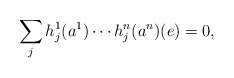
\begin{align*}\sum_{j} h_j^1(a^1)\cdots h_j^n(a^n)(e)=0,\end{align*}